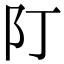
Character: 䦺